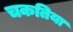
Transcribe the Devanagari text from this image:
चकतिया